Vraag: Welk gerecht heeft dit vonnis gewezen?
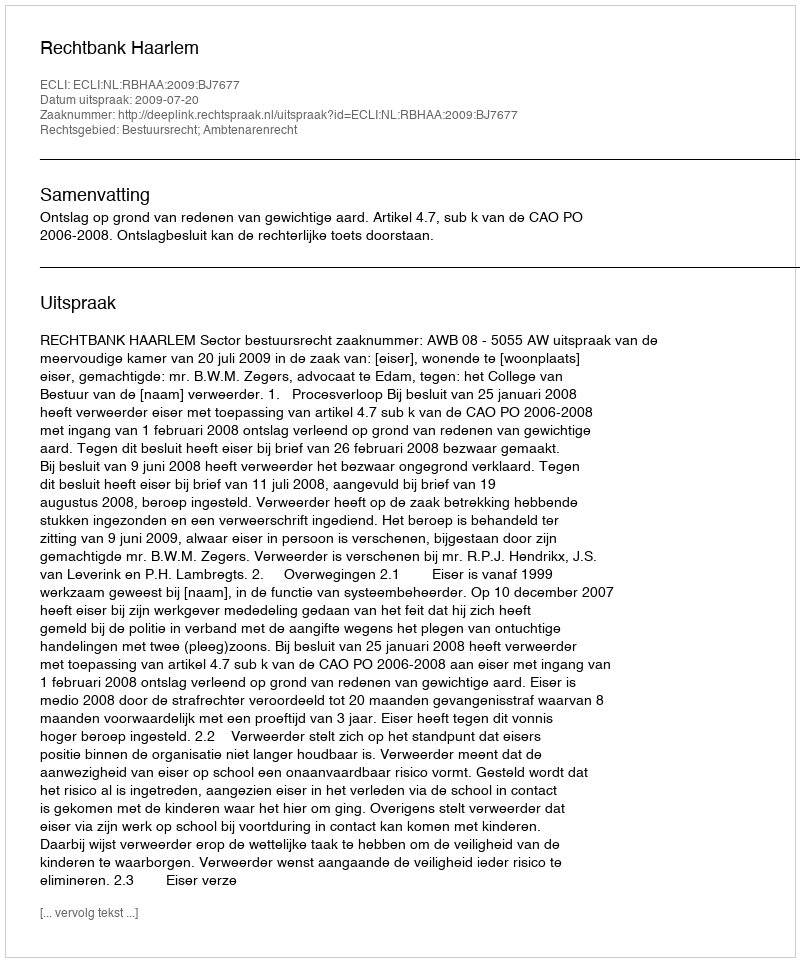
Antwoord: Rechtbank Haarlem